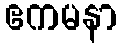
ဧကမနာ